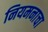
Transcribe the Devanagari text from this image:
नियमनाचा